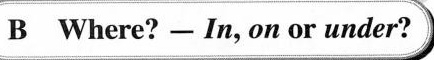
B Where? —— In, on or under?